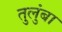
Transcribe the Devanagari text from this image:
तुलुंबा